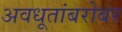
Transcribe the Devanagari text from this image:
अवधूतांबरोबर